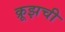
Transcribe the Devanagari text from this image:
क्रूझची